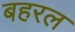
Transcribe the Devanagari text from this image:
बहरल